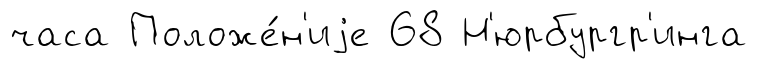
часа Положе́н'иjе 68 Н'юрбургр'инга